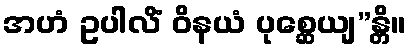
အဟံ ဥပါလိံ ဝိနယံ ပုစ္ဆေယျ”န္တိ။